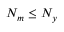
N _ { m } \leq N _ { y }